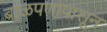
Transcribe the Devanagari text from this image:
बाळपणापासून